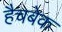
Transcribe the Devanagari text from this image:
हैचबेक